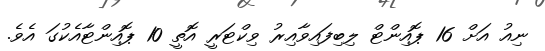
ނިއު އަށް 16 ޕޮއިންޓް ލިބިފައިވާއިރު ވިކްޓަރީ އޮތީ 10 ޕޮއިންޓާއެކުގަ އެވެ.